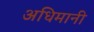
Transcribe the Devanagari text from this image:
अधिमानी